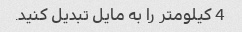
4 کیلومتر را به مایل تبدیل کنید.